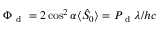
\Phi _ { \mathrm { ~ d ~ } } = 2 \cos ^ { 2 } \alpha \langle \hat { S } _ { 0 } \rangle = P _ { \mathrm { ~ d ~ } } \lambda / h c